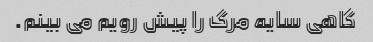
گاهی سایه مرگ را پیش رویم می بینم.